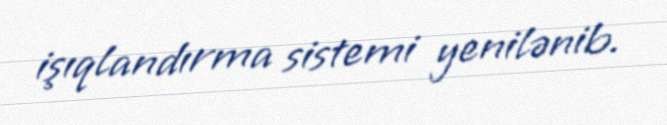
işıqlandırma sistemi yenilənib.